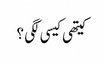
کیتھی کیسی لگی ؟